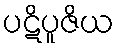
ပဋိပူဇိယ